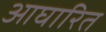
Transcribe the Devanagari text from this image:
आघारित